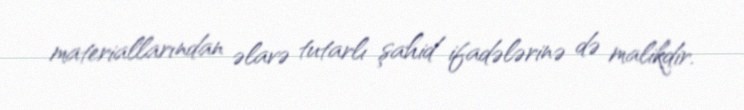
materiallarından əlavə tutarlı şahid ifadələrinə də malikdir.